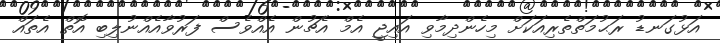
އަޅުގަނޑު ރަޙުމަތްތެރިއަކަށް މިހެންދިމާވި އައިޖީ އެމް އެޗުން އެއްވެސް ފަރުވާއެއްނުލިބި އޮތް އެތައް